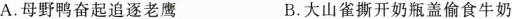
A.母野鸭奋起追逐老鹰 B.大山雀撕开奶瓶盖偷食牛奶